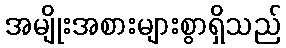
အမျိုးအစားများစွာရှိသည်